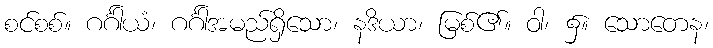
စင်စစ်။ ဂင်္ဂါယံ၊ ဂင်္ဂါအမည်ရှိသော၊ နဒိယာ၊ မြစ်၏။ ဝါ၊ ၌။ သောတေန၊